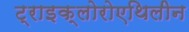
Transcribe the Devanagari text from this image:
ट्राइक्लोरोएथिलीन